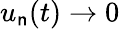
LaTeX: u_{\mathsf{n}}(t)\to0